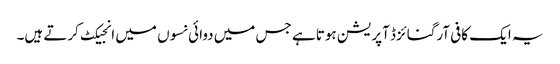
یہ ایک کافی آرگنائزڈ آپریشن ہوتا ہے جس میں دوائی نسوں میں انجیکٹ کرتے ہیں۔